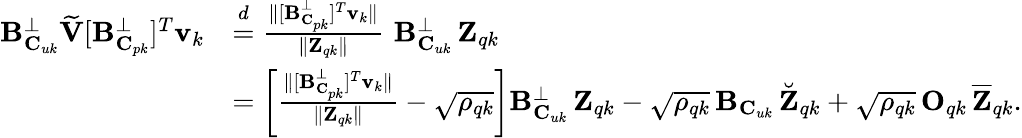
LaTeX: \begin{array}{rl}{\mathbf{B}_{\mathbf{C}_{uk}}^{\perp}\widetilde{\mathbf{V}}[\mathbf{B}_{\mathbf{C}_{pk}}^{\perp}]^{T}\mathbf{v}_{k}}&{\stackrel{d}{=}\frac{\| [\mathbf{B}_{\mathbf{C}_{pk}}^{\perp}]^{T}\mathbf{v}_{k}\| }{\| \mathbf{Z}_{qk}\| }\, \, \mathbf{B}_{\mathbf{C}_{uk}}^{\perp}\, \mathbf{Z}_{qk}}\\ &{=\left[\frac{\| [\mathbf{B}_{\mathbf{C}_{pk}}^{\perp}]^{T}\mathbf{v}_{k}\| }{\| \mathbf{Z}_{qk}\| }-\sqrt{\rho_{qk}}\right]\mathbf{B}_{\mathbf{C}_{uk}}^{\perp}\, \mathbf{Z}_{qk}-\sqrt{\rho_{qk}}\, \mathbf{B}_{\mathbf{C}_{uk}}\, \breve{\mathbf{Z}}_{qk}+\sqrt{\rho_{qk}}\, \mathbf{O}_{qk}\, \overline{{\mathbf{Z}}}_{qk}.}\end{array}